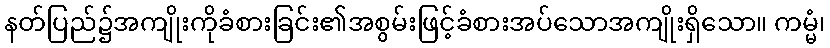
နတ်ပြည်၌အကျိုးကိုခံစားခြင်း၏အစွမ်းဖြင့်ခံစားအပ်သောအကျိုးရှိသော။ ကမ္မံ၊